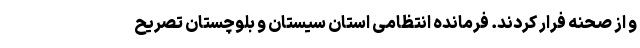
و از صحنه فرار کردند. فرمانده انتظامی استان سیستان و بلوچستان تصریح